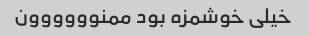
خیلی خوشمزه بود ممنوووووون